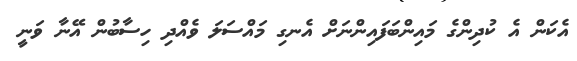
އެކަން އެ ކުދިންގެ މައިންބަފައިންނަށް އެނގި މައްސަލަ ވެއްދި ހިސާބުން އޭނާ ވަނީ